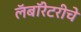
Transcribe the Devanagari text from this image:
लॅबॉरेटरीचे